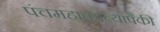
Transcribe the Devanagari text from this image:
पंचमहाकाव्यांपैकी